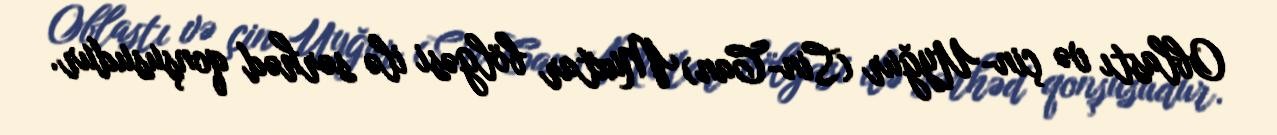
Oblastı və çin-Uyğur (Sin-Can) Muxtar bölgəsi ilə sərhəd qonşusudur.